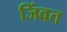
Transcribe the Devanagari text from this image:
जिंवत